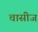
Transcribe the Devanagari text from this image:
चासीज